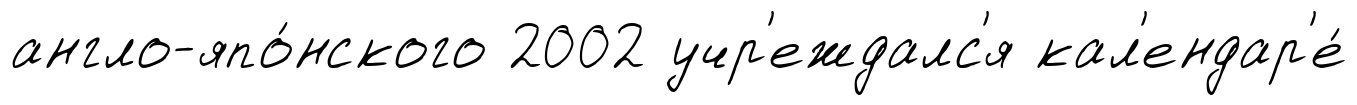
англо-япо́нского 2002 учр'еждалс'я кал'ендар'е́